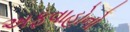
અફવાહોનો